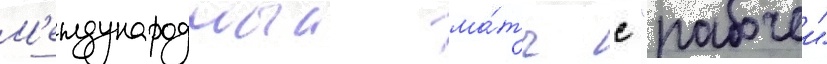
М'еждународныи ма́тч с "рабочеи"